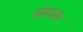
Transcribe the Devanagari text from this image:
संप्रदाया